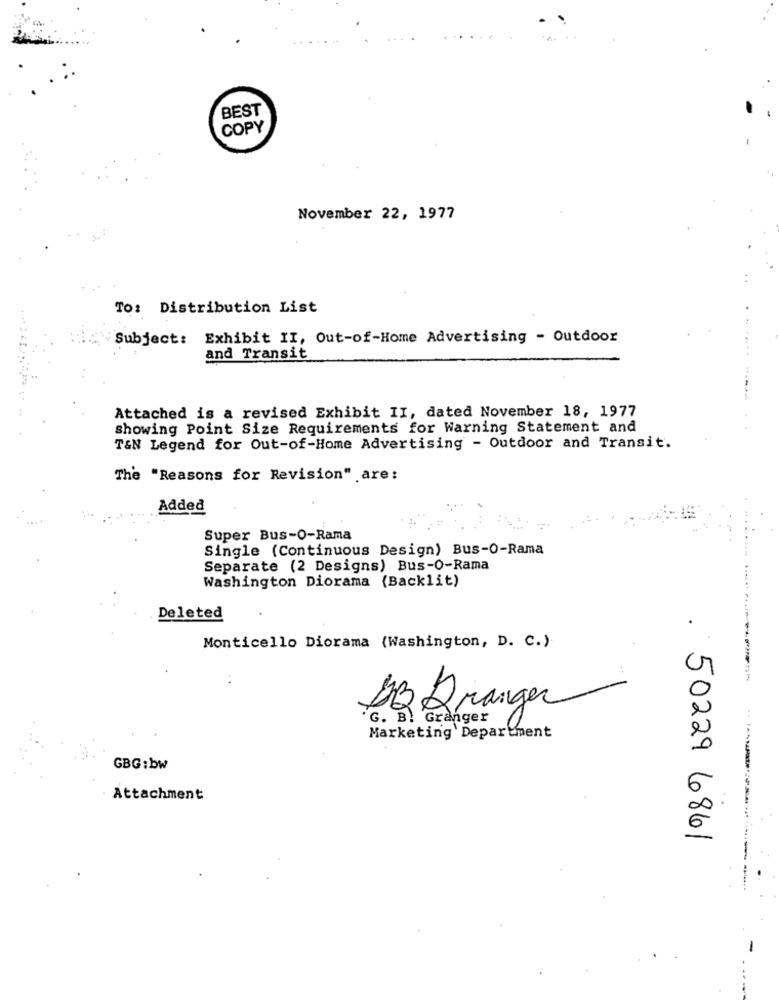
BEST
COPY
November 22, 1977
To: Distribution List
.
Subject: Exhibit II, Out-of-Home Advertising - Outdoor
and Transit
Attached is a revised Exhibit II, dated November 18, 1977
showing Point Size Requirements for Warning Statement and
T&N Legend for Out-of-Home Advertising - Outdoor and Transit.
The "Reasons for Revision" are:
Added
Super Bus-O-Rama
Single (Continuous Design) Bus-O-Rama
Separate (2 Designs) Bus-O-Rama
Washington Diorama (Backlit)
Deleted
Monticello Diorama (Washington, D. C.)
DQ Branger
G. B. Granger
Marketing Department
GBG:bw
Attachment
50229 6861